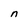
Character: n